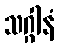
သဂ္ဂါနံ